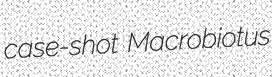
case-shot Macrobiotus